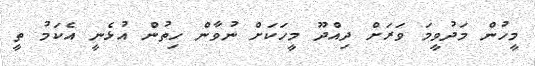
މީހުން މަދުވީމަ ވަރަށް ދިއްދޫ މީހަކަށް ނުވާން ހިތުން އުޅެނީ އެކަމު ތީ